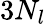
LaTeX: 3N_{l}